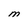
Character: M